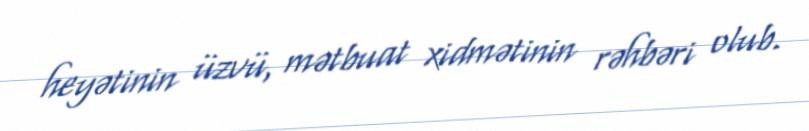
heyətinin üzvü, mətbuat xidmətinin rəhbəri olub.